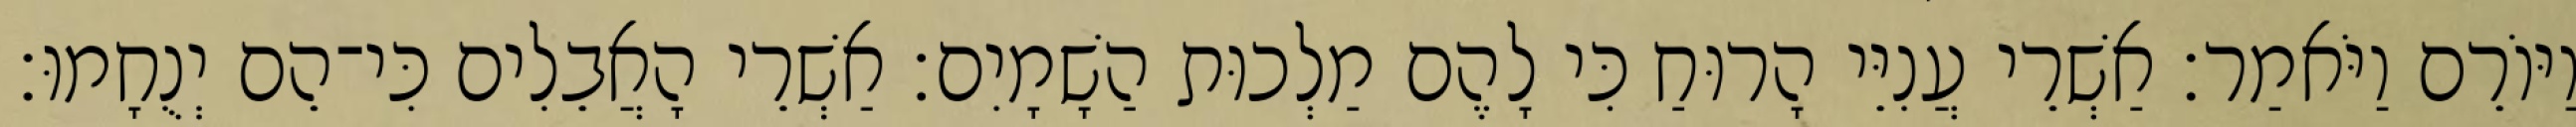
וַיּוֹרֵם וַיֹּאמַר׃ אַשְׁרֵי עֲנִיֵּי הָרוּחַ כִּי לָהֶם מַלְכוּת הַשָׁמָיִם׃ אַשְׁרֵי הָאֲבֵלִים כִּי־הֵם יְנֻחָמוּ׃